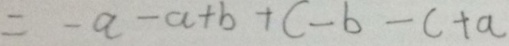
= - a - a + b + c - b - c + a